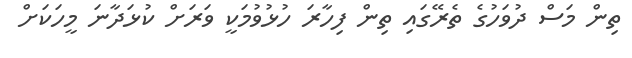
ތިން މަސް ދުވަހުގެ ތެރޭގައި ތިން ފިހާރަ ހުޅުވުމަކީ ވަރަށް ކުޅަދާނަ މީހަކަށް